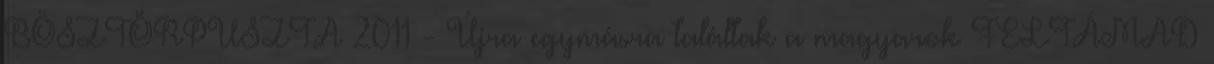
BÖSZTÖRPUSZTA 2011 - Újra egymásra találtak a magyarok FELTÁMAD